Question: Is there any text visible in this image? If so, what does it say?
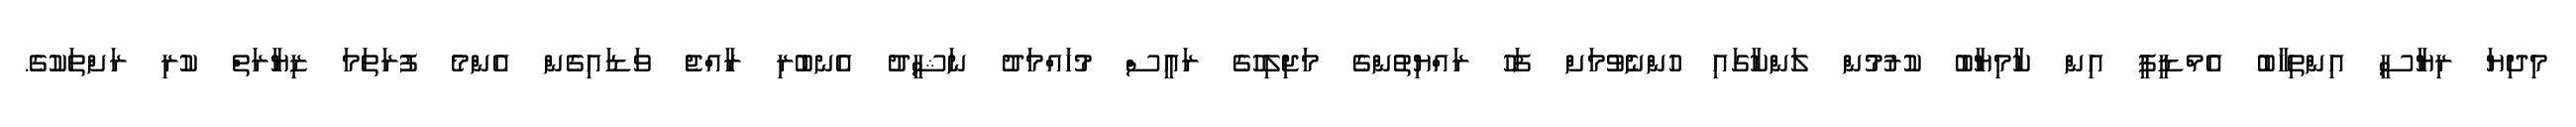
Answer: މިދިޔަ ރިޔާސީ އިންތިހާބު އެމްޑީޕީ އިން ކާމިޔާބު ކުރުމުން ލަންކާގައި ހުންނެވުމަށް ފަހު ރައްޔިތުންގެ މަޖިލިހުގެ ރައީސް މުހައްމަދު ނަޝީދު އެނބުރި ރާއްޖެ ވަޑައިގެން އެންމެ ފުރަތަމަ ޒިޔާރަތް ކުރި ރަށްތަކުގެ.